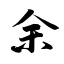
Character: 余